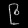
Digit: ၉